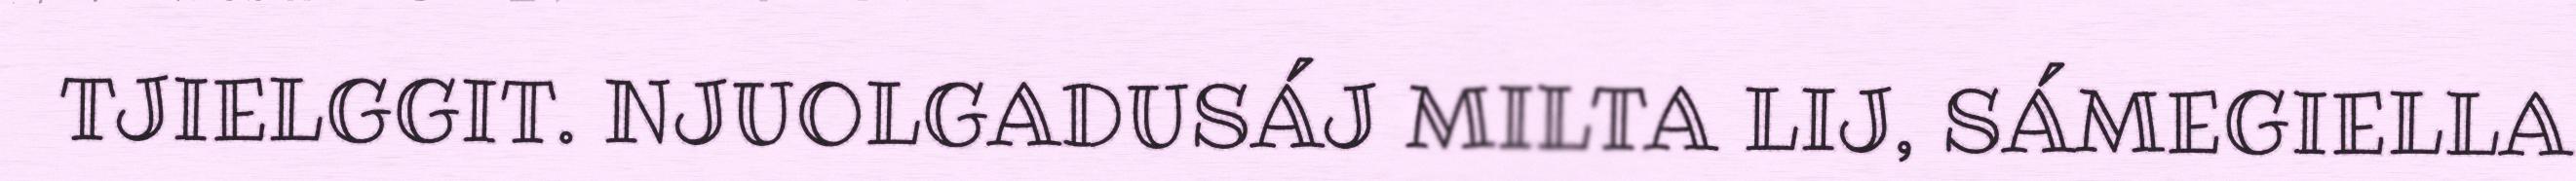
TJIELGGIT. NJUOLGADUSÁJ MILTA LIJ, SÁMEGIELLA